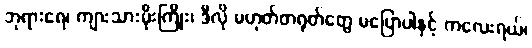
ဘုရားရေ၊ ကျားသားမိုးကြိုး၊ ဒီလို မဟုတ်တရုတ်တွေ မပြောပါနှင့် ကလေးရယ်၊